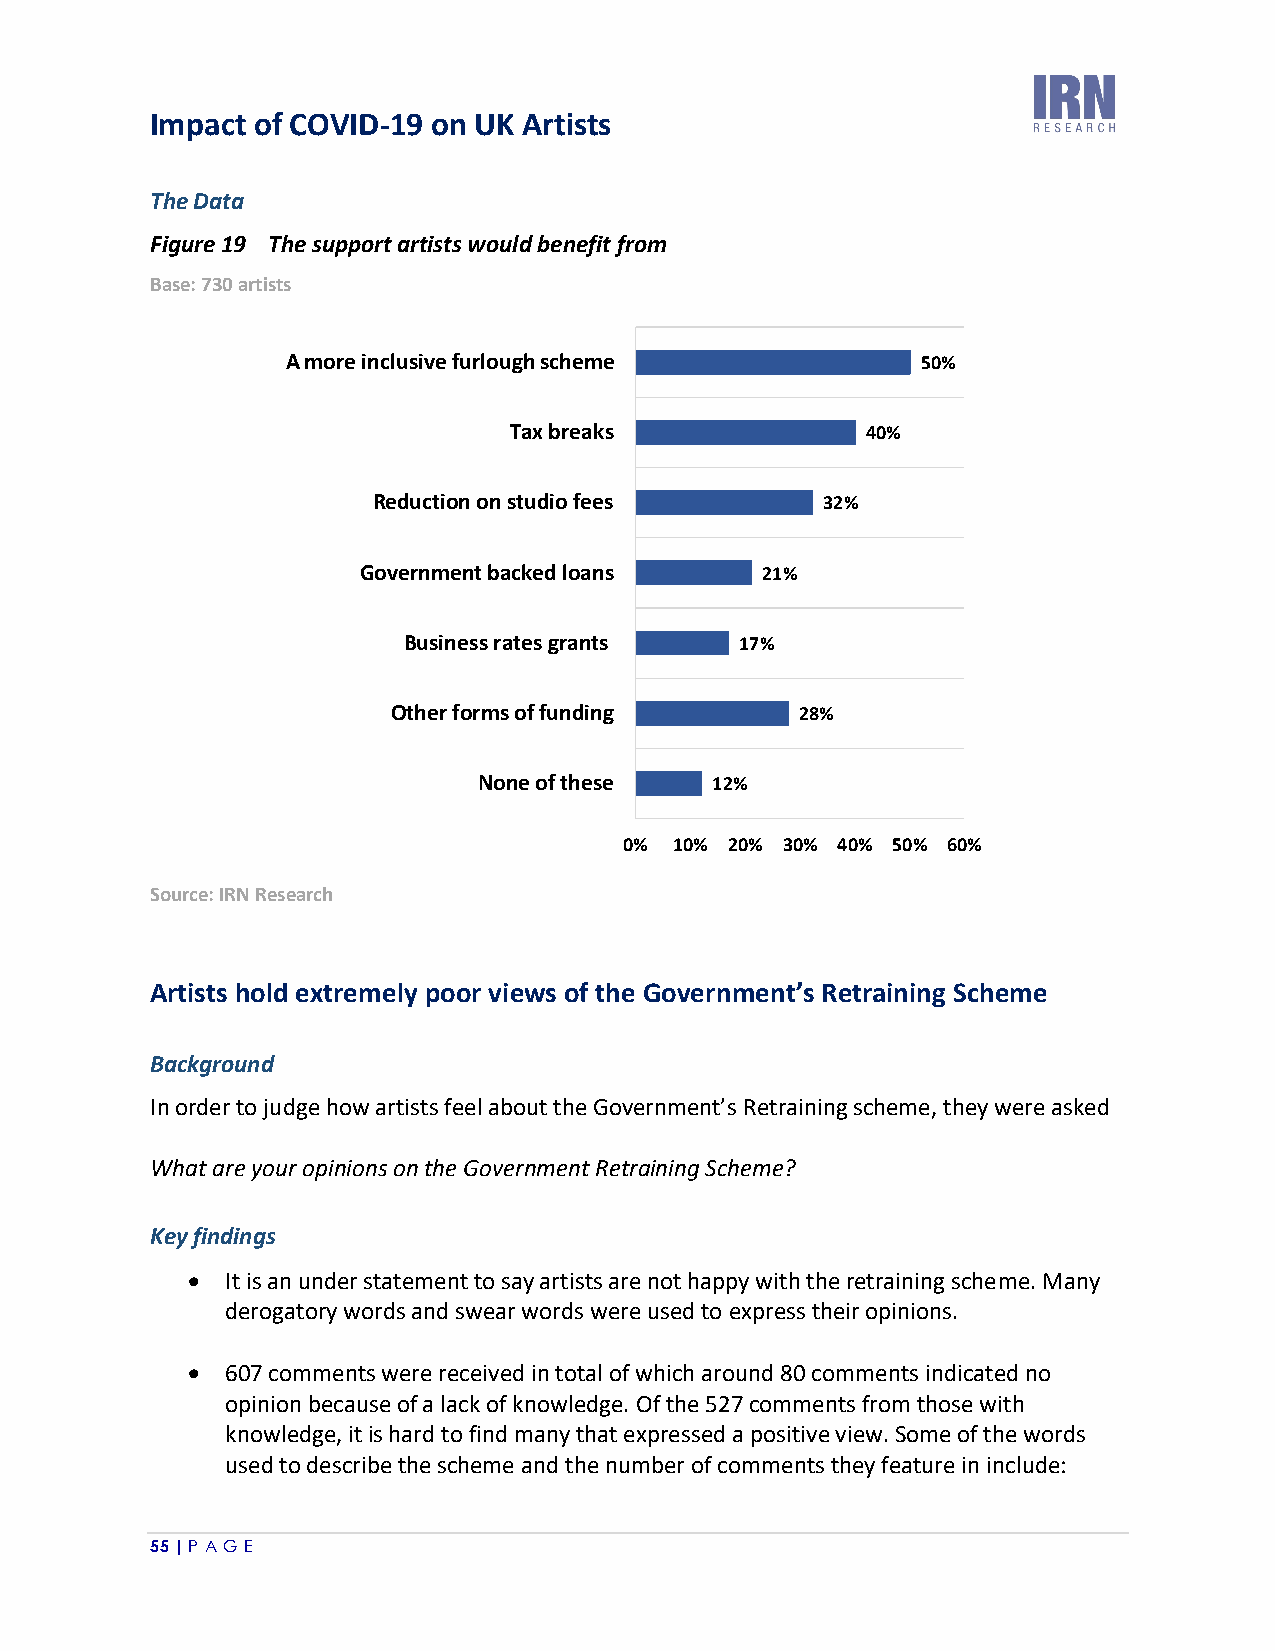
Impact of COVID-19 on UK Artists
 The Data
 Figure 19 The support artists would benefit from
 Base: 730 artists
 A more inclusive furlough scheme          50%
 Tax breaks             40%
 Reduction on studio fees     32%
 Government backed loans   21%
 Business rates grants 17%
 Other forms of funding     28%
 None of these  12%
 0%  10% 20% 30% 40% 50% 60%
 Source: IRN Research
 Artists hold extremely poor views of the Government’s Retraining Scheme
 Background
 In order to judge how artists feel about the Government’s Retraining scheme, they were asked
 What are your opinions on the Government Retraining Scheme?
 Key findings
 •  It is an under statement to say artists are not happy with the retraining scheme. Many
 derogatory words and swear words were used to express their opinions.
 •  607 comments were received in total of which around 80 comments indicated no
 opinion because of a lack of knowledge. Of the 527 comments from those with
 knowledge, it is hard to find many that expressed a positive view. Some of the words
 used to describe the scheme and the number of comments they feature in include:
 55 | P A GE